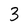
Character: 3